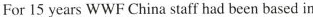
For 15 years WWF China staff had been based in